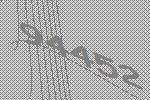
94452